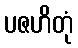
ပဇဟိတုံ